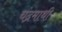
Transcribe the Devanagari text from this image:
चंद्रमाथी